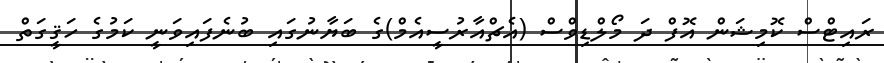
ރައިޓްސް ކޮމިޝަން އޮފް ދަ މޯލްޑިވްސް (އެޗްއާރުސީއެމް)ގެ ބަޔާނުގައި ބުނެފައިވަނީ ކަމުގެ ހަޤީގަތް